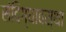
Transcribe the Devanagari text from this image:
संदिग्धावस्था